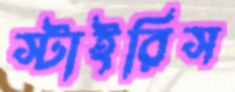
স্টাইরিস